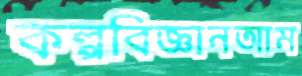
কল্পবিজ্ঞানআম